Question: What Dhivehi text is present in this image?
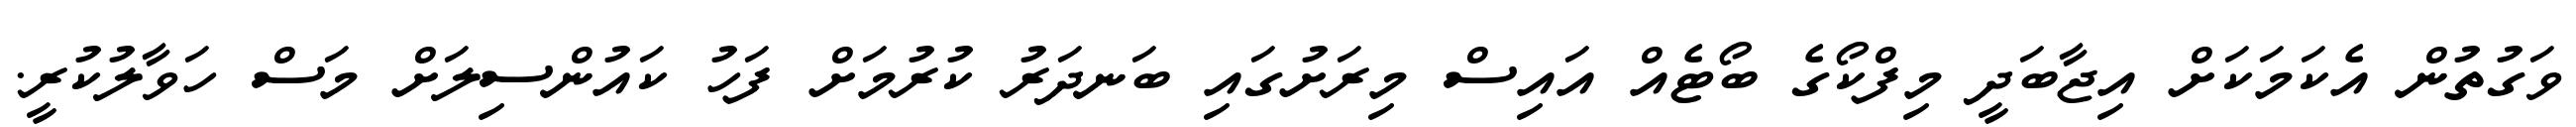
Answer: ވަގުތުން އެކަމަކަށް އިޖާބަދީ މިފްކޯގެ ބޯޓެއް އައިސް މިރަށުގައި ބަނދަރު ކުރުމަށް ފަހު ކައުންސިލަށް މަސް ހަވާލުކުރީ.